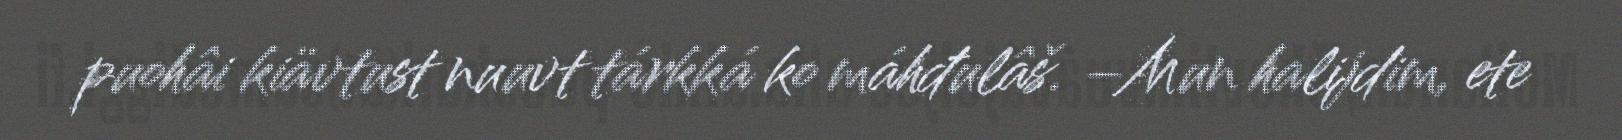
puohâi kiävtust nuuvt tárkká ko máhđulâš. –Mun halijdim, ete